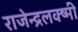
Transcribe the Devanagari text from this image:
राजेन्द्रलक्ष्मी